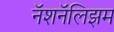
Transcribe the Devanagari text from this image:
नॅशनॅलिझम